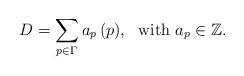
LaTeX: \begin{align*}D = \sum_{p \in \Gamma} a_p \, (p), \ \ \textrm{with} \ a_p \in \mathbb{Z}. \end{align*}